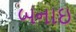
બનાઇ